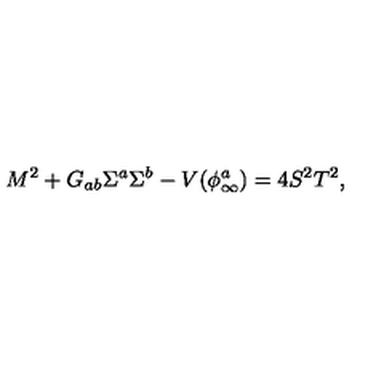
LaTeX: M ^ { 2 } + G _ { a b } \Sigma ^ { a } \Sigma ^ { b } - V ( \phi _ { \infty } ^ { a } ) = 4 S ^ { 2 } T ^ { 2 } ,